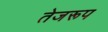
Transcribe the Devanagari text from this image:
तेजरूप